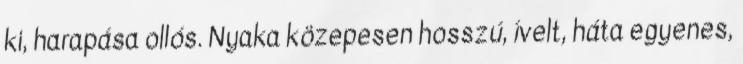
ki, harapása ollós. Nyaka közepesen hosszú, ívelt, háta egyenes,